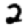
Digit: 2